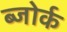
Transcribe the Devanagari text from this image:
ब्जोर्क